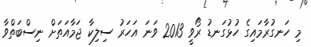
މި ހަނގުރާމައިގެ ހުޅުގަނޑު ރޯވީ 2013 ވަނަ އަހަރު ސިލިކާ ޖަމާއަތަށް ނިސްބަތްވާ